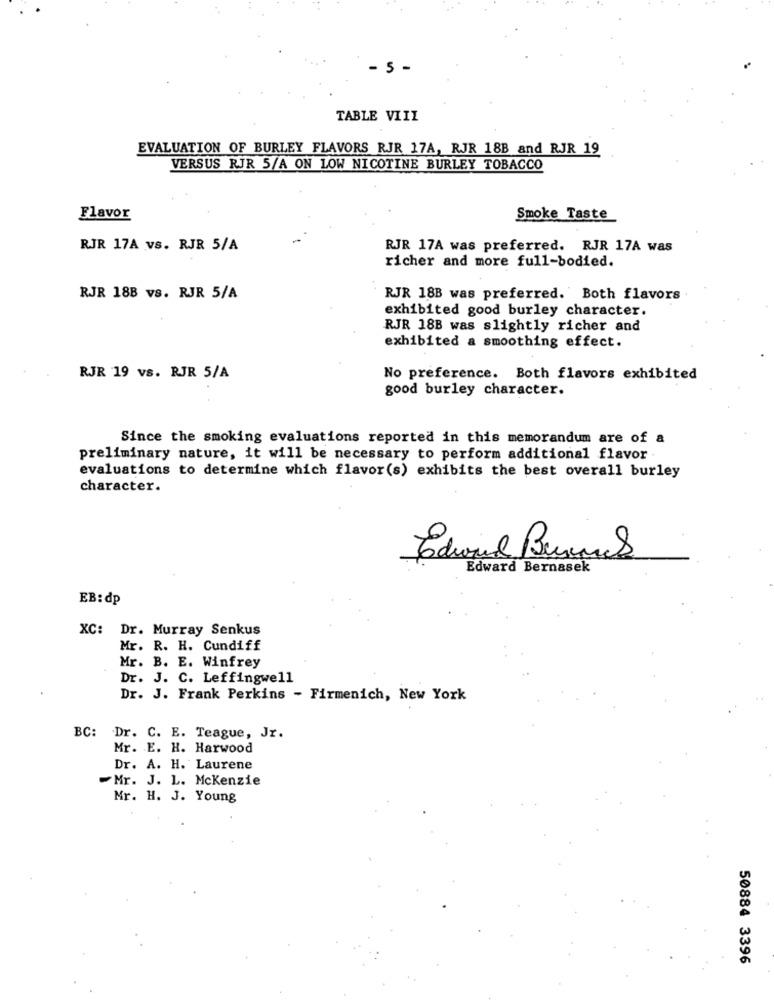
- 5 -
TABLE VIII
EVALUATION OF BURLEY FLAVORS RJR 17A, RJR 18B and RJR 19
VERSUS RJR 5/A ON LOW NICOTINE BURLEY TOBACCO
Flavor
Smoke Taste
RJR 17A vs. RJR 5/A
RJR 17A was preferred. RJR 17A was
richer and more full-bodied.
RJR 188 vs. RJR 5/A
RJR 18B was preferred. Both flavors
exhibited good burley character.
RJR 18B was slightly richer and
exhibited a smoothing effect.
RJR 19 vs. RJR 5/A
No preference. Both flavors exhibited
good burley character.
Since the smoking evaluations reported in this memorandum are of a
preliminary nature, it will be necessary to perform additional flavor
evaluations to determine which flavor(s) exhibits the best overall burley
character.
Edward Bernasek
EB: dp
XC: Dr. Murray Senkus
Mr. R. H. Cundiff
Mr. B. E. Winfrey
Dr. J. C. Leffingwell
Dr. J. Frank Perkins - Firmenich, New York
BC: Dr. C. E. Teague, Jr.
Mr. E. H. Harwood
Dr. A. H. Laurene
Mr. J. L. Mckenzie
Mr. H. J. Young
50884 3396